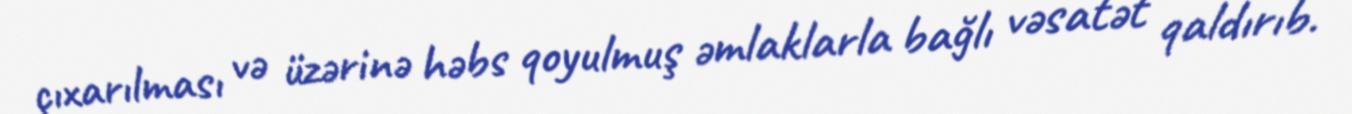
çıxarılması və üzərinə həbs qoyulmuş əmlaklarla bağlı vəsatət qaldırıb.